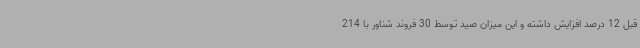
قبل 12 درصد افزایش داشته و این میزان صید توسط 30 فروند شناور با 214